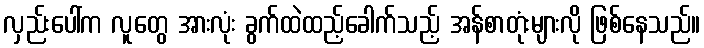
လှည်းပေါ်က လူတွေ အားလုံး ခွက်ထဲထည့်ခေါက်သည့် အန်စာတုံးများလို ဖြစ်နေသည်။